Civil Veterinary Dept. North-West Frontier Province 1901-22 - 1901-1922
Year: 1901
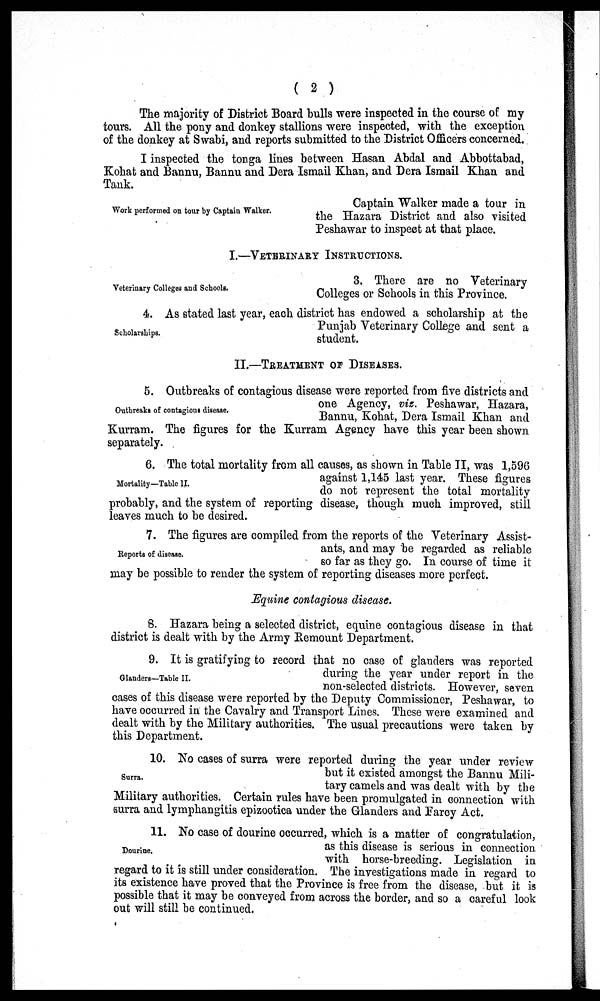
(2)
The majority of District Board bulls were inspected in the course of my
tours. All the pony and donkey stallions were inspected, with the exception
of the donkey at Swabi, and reports submitted to the District Officers concerned.
I inspected the tonga lines between Hasan Abdal and Abbottabad,
Kohat and Bannu, Bannu and Dera Ismail Khan, and Dera Ismail Khan and
Tank.
Work performed on tour by Captain Walker.
Captain Walker made a tour in
the Hazara District and also visited
Peshawar to inspect at that place.
I.—VETERINARY INSTRUCTIONS.
Veterinary Colleges and Schools.
3. There are no Veterinary
Colleges or Schools in this Province.
Scholarships.
4. As stated last year, each district has endowed a scholarship at the
Punjab Veterinary College and sent a
student.
II.—TREATMENT OF DISEASES.
Outbreaks of contagious disease.
5. Outbreaks of contagious disease were reported from five districts and
one Agency, viz. Peshawar, Hazara,
Bannu, Kohat, Dera Ismail Khan and
Kurram. The figures for the Kurram Agency have this year been shown
separately.
Mortality—Table II.
6. The total mortality from all causes, as shown in Table II, was 1,596
against 1,145 last year. These figures
do not represent the total mortality
probably, and the system of reporting disease, though much improved, still
leaves much to be desired.
Reports of disease.
7. The figures are compiled from the reports of the Veterinary Assist-
ants, and may be regarded as reliable
so far as they go. In course of time it
may be possible to render the system of reporting diseases more perfect.
Equine contagious disease.
8. Hazara being a selected district, equine contagious disease in that
district is dealt with by the Army Remount Department.
Glanders—Table II.
9. It is gratifying to record that no case of glanders was reported
during the year under report in the
non-selected districts. However, seven
cases of this disease were reported by the Deputy Commissioner, Peshawar, to
have occurred in the Cavalry and Transport Lines. These were examined and
dealt with by the Military authorities. The usual precautions were taken by
this Department.
Surra.
10. No cases of surra were reported during the year under review
but it existed amongst the Bannu Mili-
tary camels and was dealt with by the
Military authorities. Certain rules have been promulgated in connection with
surra and lymphangitis epizootica under the Glanders and Farcy Act.
Dourine.
11. No case of dourine occurred, which is a matter of congratulation,
as this disease is serious in connection
with horse-breeding. Legislation in
regard to it is still under consideration. The investigations made in regard to
its existence have proved that the Province is free from the disease, but it is
possible that it may be conveyed from across the border, and so a careful look
out will still be continued.